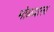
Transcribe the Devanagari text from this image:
मोळ्याला